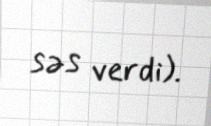
səs verdi).